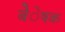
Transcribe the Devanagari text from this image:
बेेेेेषक